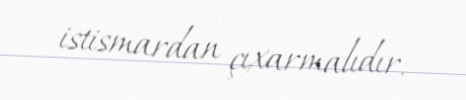
istismardan çıxarmalıdır.